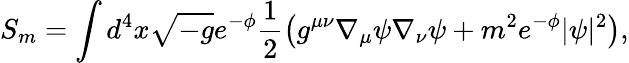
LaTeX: S_{m}=\int d^{4}x\sqrt{-g}e^{-\phi}\frac{1}{2}\left(g^{\mu\nu}\nabla_{\mu}\psi\nabla_{\nu}\psi+m^{2}e^{-\phi}|\psi|^{2}\right),